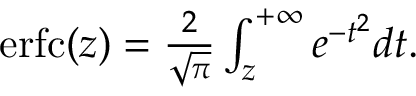
\begin{array} { r } { \operatorname { e r f c } ( z ) = \frac { 2 } { \sqrt { \pi } } \int _ { z } ^ { + \infty } e ^ { - t ^ { 2 } } d t . } \end{array}